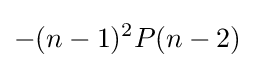
-(n-1)^{2}P(n-2)